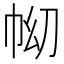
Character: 𢂅